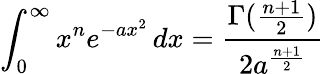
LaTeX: \int_{0}^{\infty}x^{n}e^{-ax^{2}}\, dx={\frac{\Gamma({\frac{n+1}{2}})}{2a^{\frac{n+1}{2}}}}